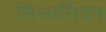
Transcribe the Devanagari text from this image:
सिस्तर्सियन